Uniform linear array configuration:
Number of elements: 24
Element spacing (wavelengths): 1
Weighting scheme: hann
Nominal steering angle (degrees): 15
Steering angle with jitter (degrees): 13.704
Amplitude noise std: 0.05
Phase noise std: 0.05

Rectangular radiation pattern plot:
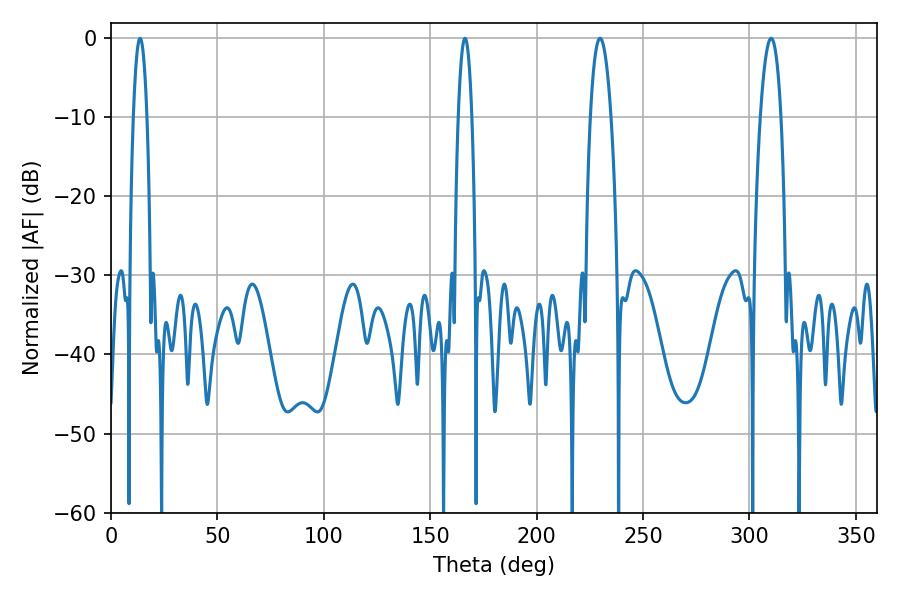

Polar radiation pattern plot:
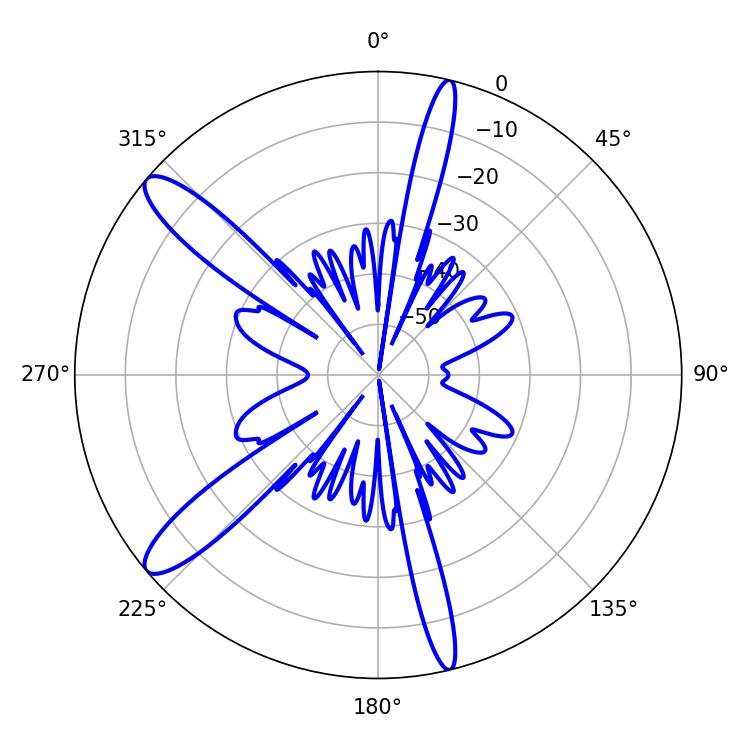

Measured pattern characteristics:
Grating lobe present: TRUE
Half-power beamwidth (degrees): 3.6
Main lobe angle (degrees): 166.32